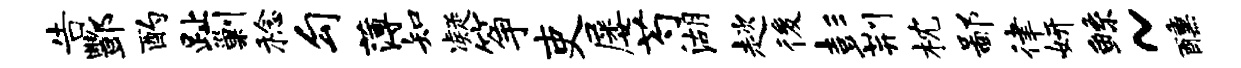
告酆酌趾剿稔勾薄知凝筝吏屡芍湖趑後彭荆枕鄙律妍鲧~醺